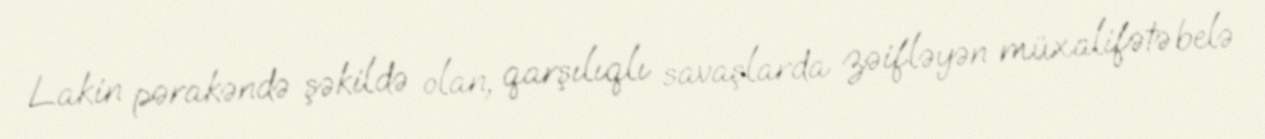
Lakin pərakəndə şəkildə olan, qarşılıqlı savaşlarda zəifləyən müxalifətə belə